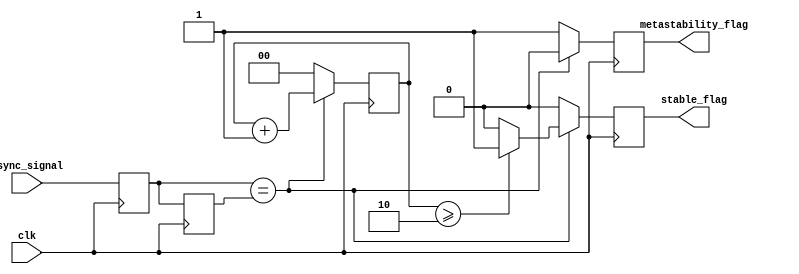
module metastability_detector (
    input wire clk,               // Clock signal
    input wire async_signal,      // Asynchronous input signal to monitor
    output reg metastability_flag, // Flag indicating metastability
    output reg stable_flag         // Flag indicating stable output
);

    // Internal signals for latches
    reg latch1_out;               // Output of the first latch
    reg latch2_out;               // Output of the second latch

    // Parameters for timing (adjust as necessary)
    parameter STABLE_TIME = 2;    // Number of clock cycles to consider for stability

    // Latch 1: Sample the asynchronous signal on the rising edge of the clock
    always @(posedge clk) begin
        latch1_out <= async_signal;
    end

    // Latch 2: Sample the output of the first latch on the next clock edge
    always @(posedge clk) begin
        latch2_out <= latch1_out;
    end

    // Metastability detection logic
    reg [1:0] stable_counter;      // Counter for stable detection

    always @(posedge clk) begin
        // Reset flags
        metastability_flag <= 1'b0;
        stable_flag <= 1'b0;

        // Check for metastability condition
        if (latch1_out == latch2_out) begin
            // If the outputs are the same, increment the stable counter
            stable_counter <= stable_counter + 1;
            if (stable_counter >= STABLE_TIME) begin
                stable_flag <= 1'b1; // Output is stable
            end
        end else begin
            // If the outputs are different, reset the stable counter
            stable_counter <= 2'b00;
            metastability_flag <= 1'b1; // Indicate metastability
        end
    end

    // Initialize stable_counter
    initial begin
        stable_counter = 2'b00;
        metastability_flag = 1'b0;
        stable_flag = 1'b0;
    end

endmodule